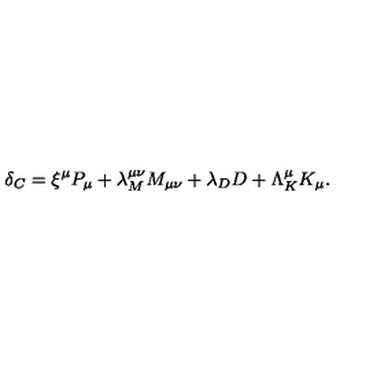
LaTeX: \delta _ { C } = \xi ^ { \mu } P _ { \mu } + \lambda _ { M } ^ { \mu \nu } M _ { \mu \nu } + \lambda _ { D } D + \Lambda _ { K } ^ { \mu } K _ { \mu } .